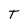
Character: t